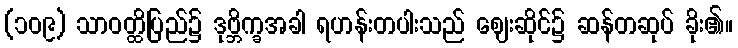
(၁၀၉) သာဝတ္ထိပြည်၌ ဒုဗ္ဘိက္ခအခါ ရဟန်းတပါးသည် ဈေးဆိုင်၌ ဆန်တဆုပ် ခိုး၏။